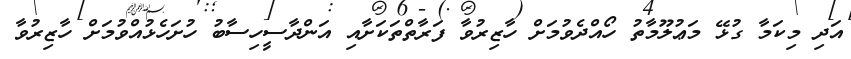
އަދި މިކަމާ ގުޅޭ މަޢުލޫމާތު ހޯއްދެވުމަށް ހާޒިރުވާ ފަރާތްތަކަށާއި އަންދާސީހިސާބު ހުށަހެޅުއްވުމަށް ހާޒިރުވާ